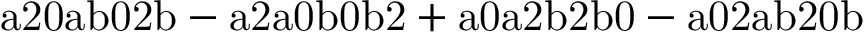
\mathrm { a 2 0 a b 0 2 b - a 2 a 0 b 0 b 2 + a 0 a 2 b 2 b 0 - a 0 2 a b 2 0 b }